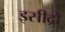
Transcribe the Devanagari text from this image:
इसीद्रो